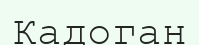
Кадоган